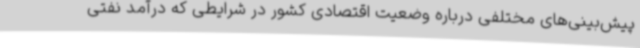
پیش‌بینی‌های مختلفی درباره وضعیت اقتصادی کشور در شرایطی که درآمد نفتی